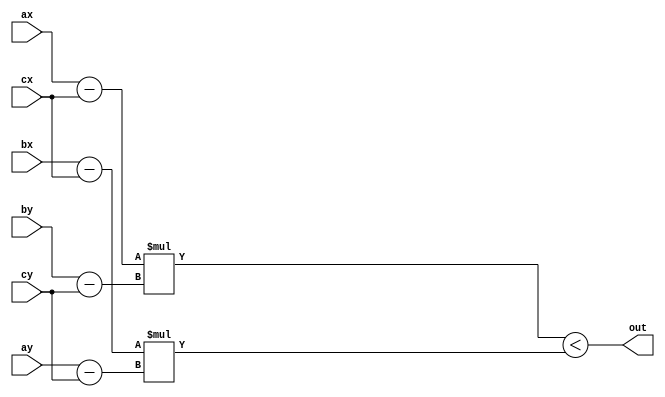
/**
 *	Equivalente  seguinte funo em C++:
 *
 *	 int sign(ponto a, ponto b, ponto c) {
 *	 	return (a.x - c.x) * (b.y - c.y) - (b.x - c.x) * (a.y - c.y);
 *	 }
 *
 */

module sign(
	input [11:0] ax, input [11:0] ay,
	input [11:0] bx, input [11:0] by,
	input [11:0] cx, input [11:0] cy,
	output out
);
	reg [4:0] state;

	wire signed [11:0] t1;
	wire signed [11:0] t2;
	wire signed [11:0] t3;
	wire signed [11:0] t4;

	wire signed [23:0] m1;
	wire signed [23:0] m2;

	//
	//                          out
  	//            m1             <            m2
	//      t1     *     t2      <      t3     *     t4
	// (a.x - c.x) * (b.y - c.y) < (b.x - c.x) * (a.y - c.y)
	//
	assign t1 = ax - cx;
	assign t2 = by - cy;
	assign t3 = bx - cx;
	assign t4 = ay - cy;

	assign m1 = t1 * t2;
	assign m2 = t3 * t4;

	assign out = m1 < m2;
endmodule